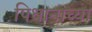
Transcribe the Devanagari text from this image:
पिधानाच्या